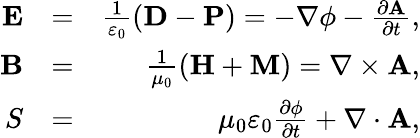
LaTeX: \begin{array}{rlr}{\mathbf{E}}&{=}&{\frac{1}{\varepsilon_{0}}\left(\mathbf{D}-\mathbf{P}\right)=-\nabla\phi-\frac{\partial\mathbf{A}}{\partial t},}\\ {\mathbf{B}}&{=}&{\frac{1}{\mu_{0}}\left(\mathbf{H}+\mathbf{M}\right)=\nabla\times\mathbf{A},}\\ {S}&{=}&{\mu_{0}\varepsilon_{0}\frac{\partial\phi}{\partial t}+\nabla\cdot\mathbf{A},}\end{array}